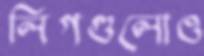
লিগগুলোও